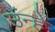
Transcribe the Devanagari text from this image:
उंन्हें